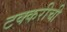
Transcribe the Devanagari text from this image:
टक्करीची